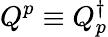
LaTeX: Q^{p}\equiv Q_{p}^{\dagger}